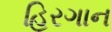
હિરગાન